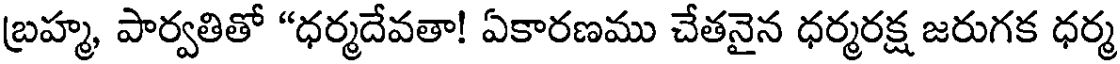
బ్రహ్మ, పార్వతితో "ధర్మదేవతా! ఏకారణము చేతనైన ధర్మరక్ష జరుగక ధర్మ